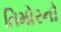
તિમોરનો